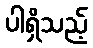
ပါရှိသည့်